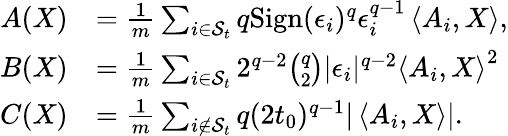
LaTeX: \begin{array}{rl}{A(X)}&{=\frac{1}{m}\sum_{i\in\mathcal{S}_{t}}q\mathrm{Sign}(\epsilon_{i})^{q}\epsilon_{i}^{q-1}\left\langle A_{i},X\right\rangle,}\\ {B(X)}&{=\frac{1}{m}\sum_{i\in\mathcal{S}_{t}}2^{q-2}\binom{q}{2}|\epsilon_{i}|^{q-2}\left\langle A_{i},X\right\rangle^{2}}\\ {C(X)}&{=\frac{1}{m}\sum_{i\not\in\mathcal{S}_{t}}q(2t_{0})^{q-1}|\left\langle A_{i},X\right\rangle|.}\end{array}